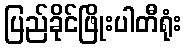
ပြည်ခိုင်ဖြိုးပါတီရုံး